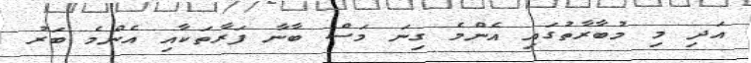
އަދި މި މުބާރާތުގައި އެންމެ ގިނަ މަސް ބާނާ ފަރާތަކާއި އެންމެ ބަރު